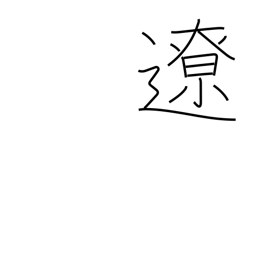
Meaning: distant